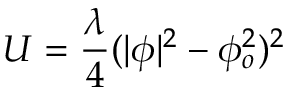
U = \frac { \lambda } { 4 } ( | \phi | ^ { 2 } - \phi _ { o } ^ { 2 } ) ^ { 2 }